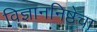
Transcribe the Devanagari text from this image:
विज्ञाननिष्ठेचा